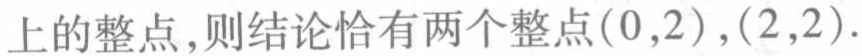
上的整点,则结论恰有两个整点\((0,2),(2,2)\).